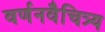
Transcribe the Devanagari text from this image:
वर्णनवैचित्र्य